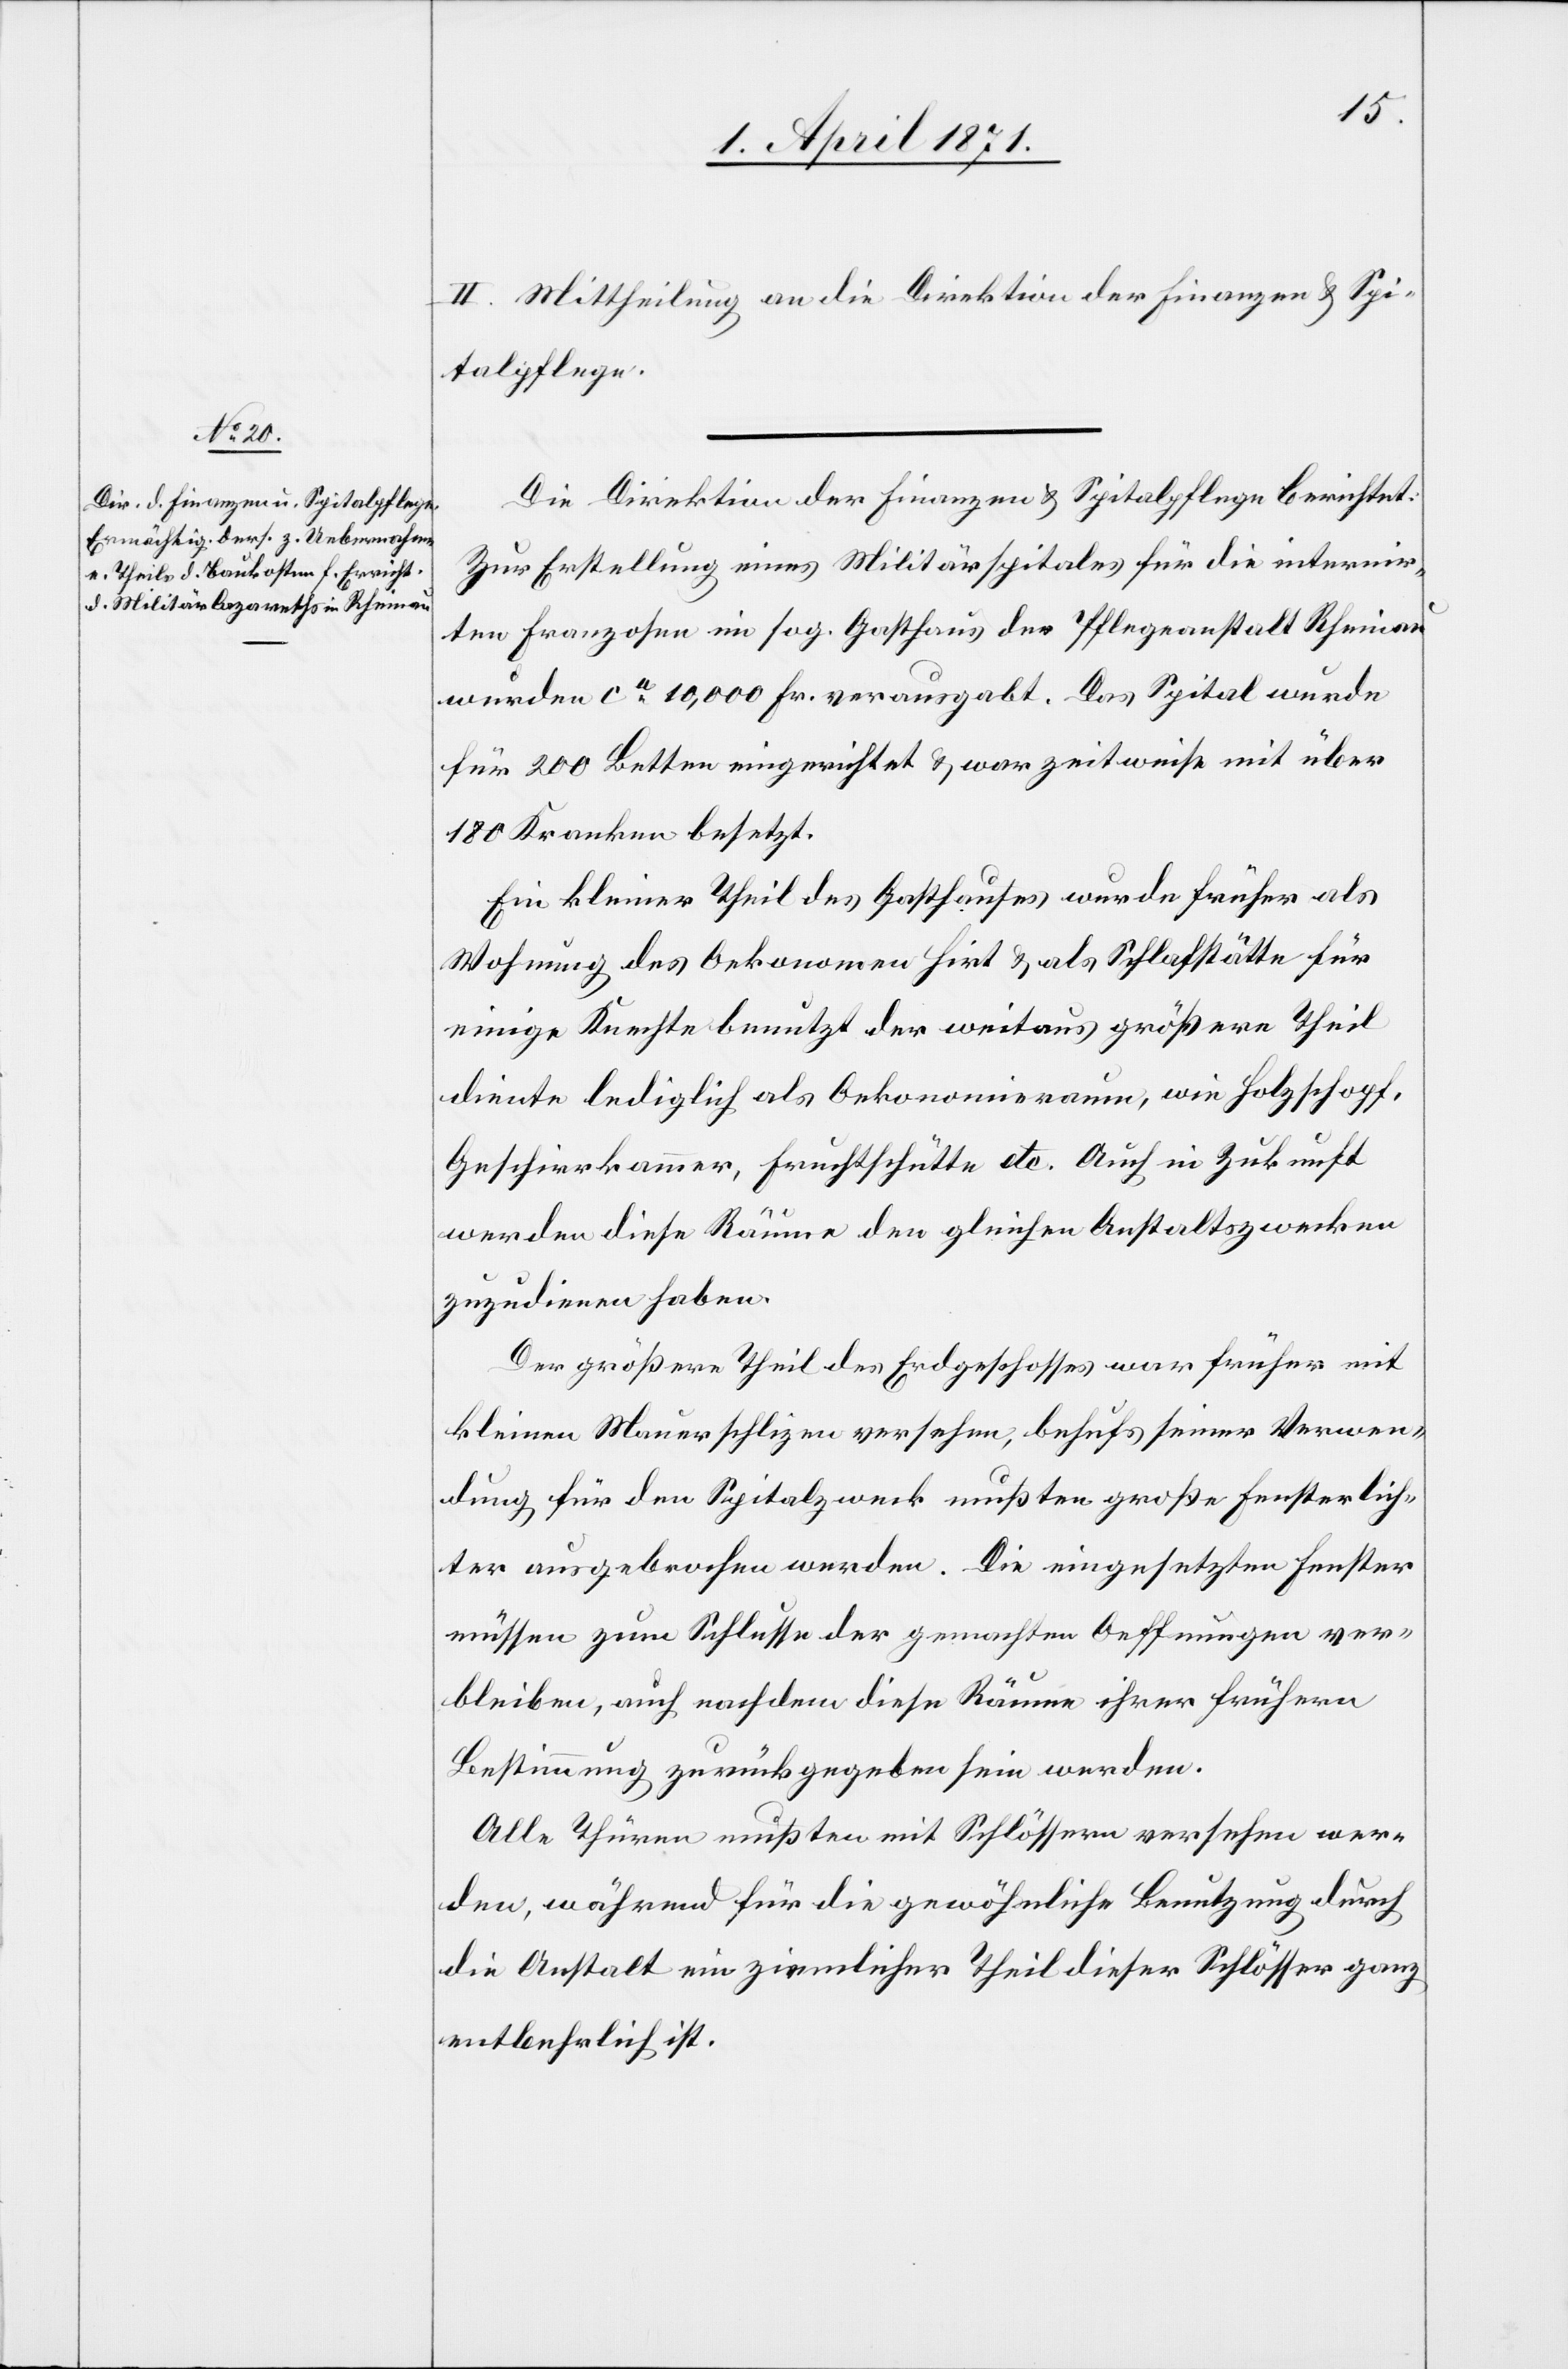
II. Mittheilung an die Direktion der Finanzen u. Spi¬
talpflege
Die Direktion der Finanzen u. Spitalpflege berichtet:
Zur Erstellung eines Militärspitales für die internir¬
ten Franzosen im sog. Gasthaus der Pflegeanstalt Rheinau
wurden ca. 10‘000 Fr. verausgabt. Das Spital wurde
für 200 Betten eingerichtet u. war zeitweise mit über
180 Kranken besetzt.
Ein kleiner Theil des Gasthauses wurde früher als
Wohnung des Oekonomen Hirt u. als Schlafstätte für
einige Knechte benutzt der weitaus größere Theil
diente lediglich als Oekonomieraum, wie Holzschopf,
Geschirrkammer, Fruchtschütte etc. Auch in Zukunft
werden diese Räume den gleichen Anstaltszwecken
zuzudienen haben.
Der größere Theil des Erdgeschosses war früher mit
kleinen Mauerschlizen versehen, behufs seiner Verwen¬
dung für den Spitalzweck mußten große Fensterlich¬
ter ausgebrochen werden. Die eingesetzten Fenster
müssen zum Schlusse der gemachten Oeffnungen ver¬
bleiben, auch nachdem diese Räume ihrer frühern
Bestimmung zurückgegeben sein werden.
Alle Thüren mußten mit Schlössern versehen wer¬
den, während für die gewöhnliche Benutzung durch
die Anstalt ein ziemlicher Theil dieser Schlösser ganz
entbehrlich ist.